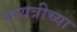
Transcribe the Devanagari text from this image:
गायत्रीच्या